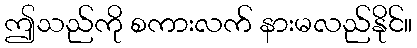
ဤသည်ကို စကားလက် နားမလည်နိုင်။